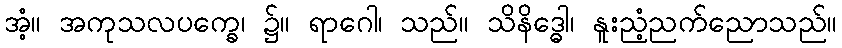
အံ့။ အကုသလပက္ခေ၊ ၌။ ရာဂေါ၊ သည်။ သိနိဒ္ဓေါ၊ နူးညံ့ညက်ညောသည်။